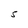
Character: S